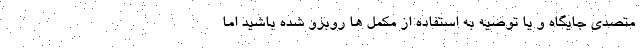
متصدی جایگاه و یا توصیه به استفاده از مکمل ها روبرو شده باشید اما